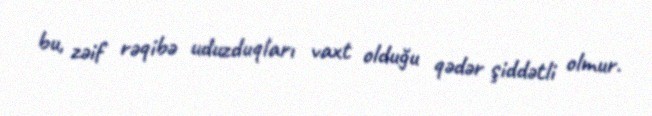
bu, zəif rəqibə uduzduqları vaxt olduğu qədər şiddətli olmur.